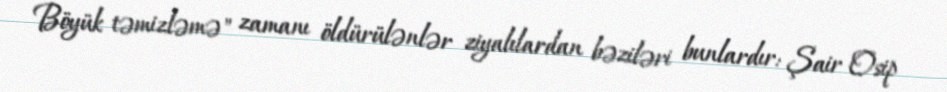
Böyük təmizləmə" zamanı öldürülənlər ziyalılardan bəziləri bunlardır: Şair Osip